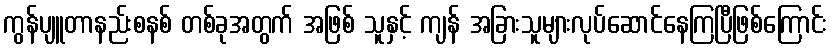
ကွန်ပျူတာနည်းစနစ် တစ်ခုအတွက် အဖြစ် သူနှင့် ကျန် အခြားသူများလုပ်ဆောင်နေကြပြီဖြစ်ကြောင်း